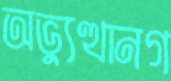
অভ্যুত্থানগ